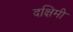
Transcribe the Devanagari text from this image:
दक्षिमी